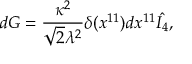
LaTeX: d G = { \frac { \kappa ^ { 2 } } { \sqrt { 2 } \lambda ^ { 2 } } } \delta ( x ^ { 1 1 } ) d x ^ { 1 1 } \hat { I _ { 4 } } ,